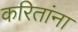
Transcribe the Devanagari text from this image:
करितांना